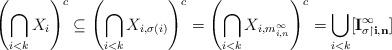
LaTeX: \begin{align*}\left(\bigcap_{i<k} X_i\right)^c \subseteq \left(\bigcap_{i < k} X_{i,\sigma(i)}\right)^c = \left(\bigcap_{i < k} X_{i,m_{i,n}^{\infty}}\right)^c = \bigcup_{i < k} [\mathbf{I_{\sigma \upharpoonright i,n}^{\infty}}]\end{align*}